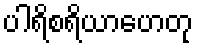
ပါရိစရိယာဟေတု